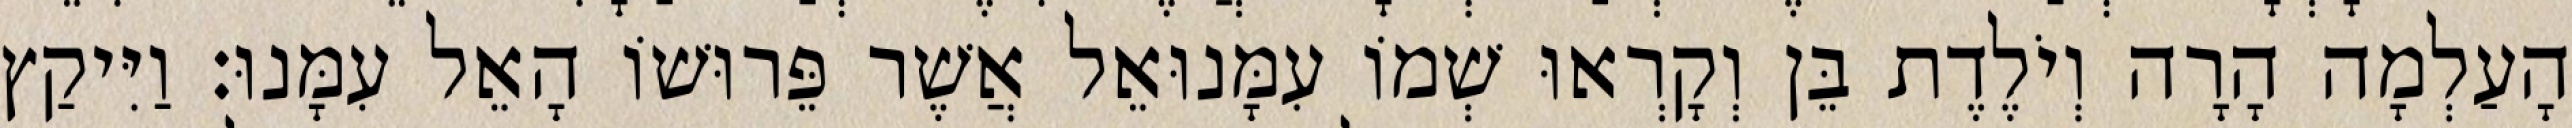
הָעַלְמָה הָרָה וְיֹלֶדֶת בֵּן וְקָרְאוּ שְׁמוֹ עִמָּנוּאֵל אֲשֶׁר פֵּרוּשׁוֹ הָאֵל עִמָּנוּ׃ וַיִּיקַץ